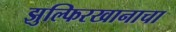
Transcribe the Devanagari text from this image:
झुल्फिरखानाचा